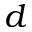
d